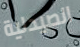
الصيدلية